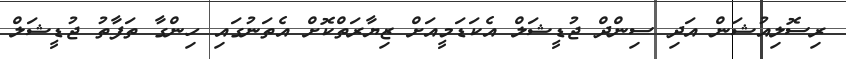
ރިސޮލިއުޝަން އަދި ސިންދް ޖުޑީޝަލް އެކަޑަމީއަށް ޒިޔާރަތްކޮށް އެތަނުގައި ހިންގާ ތަފާތު ޖުޑީޝަލް